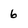
Character: 6